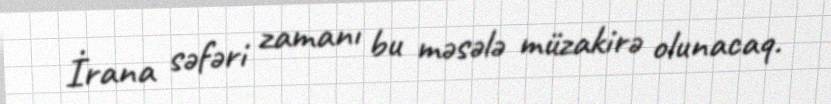
İrana səfəri zamanı bu məsələ müzakirə olunacaq.